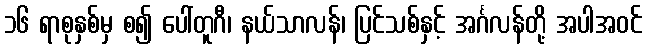
၁၆ ရာစုနှစ်မှ စ၍ ပေါ်တူဂီ၊ နယ်သာလန်၊ ပြင်သစ်နှင့် အင်္ဂလန်တို့ အပါအဝင်